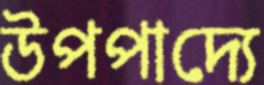
উপপাদ্যে